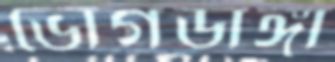
ভোগডাঙ্গা